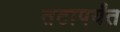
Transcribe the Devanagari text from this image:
तटापर्यंत